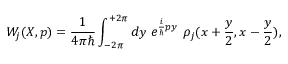
W _ { j } ( X , p ) = \frac { 1 } { 4 \pi \hbar } \int _ { - 2 \pi } ^ { + 2 \pi } d y ~ e ^ { { \frac { i } { \hbar } } p y } ~ \rho _ { j } ( x + { \frac { y } { 2 } } , x - { \frac { y } { 2 } } ) ,